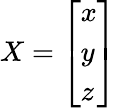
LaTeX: X={\left[\begin{array}{l}{x}\\ {y}\\ {z}\end{array}\right]}